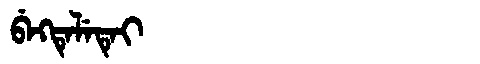
Manchu: ᠪᡝᡴᡨᡝᠯᡝᡨᡝᡳ
Romanization: BEKTELETEI